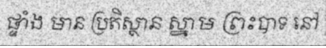
ផ្ទាំង មាន ប្រតិស្ថាន ស្នាម ព្រះបាទ នៅ